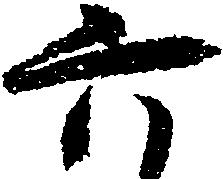
六